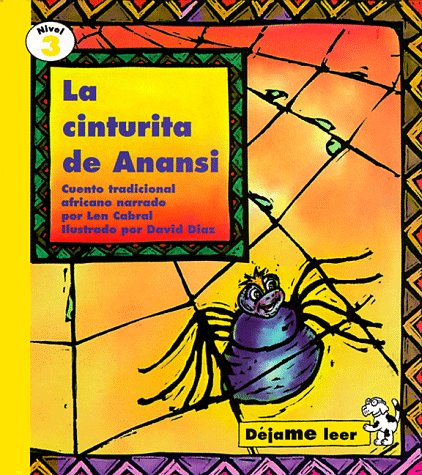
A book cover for La Cinturita de Anansi: Cuento Tradicional Africano (Dejame Leer) (Spanish Edition); Len Cabral; Children's Books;